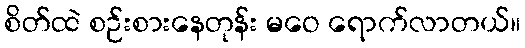
စိတ်ထဲ စဉ်းစားနေတုန်း မဝေ ရောက်လာတယ်။